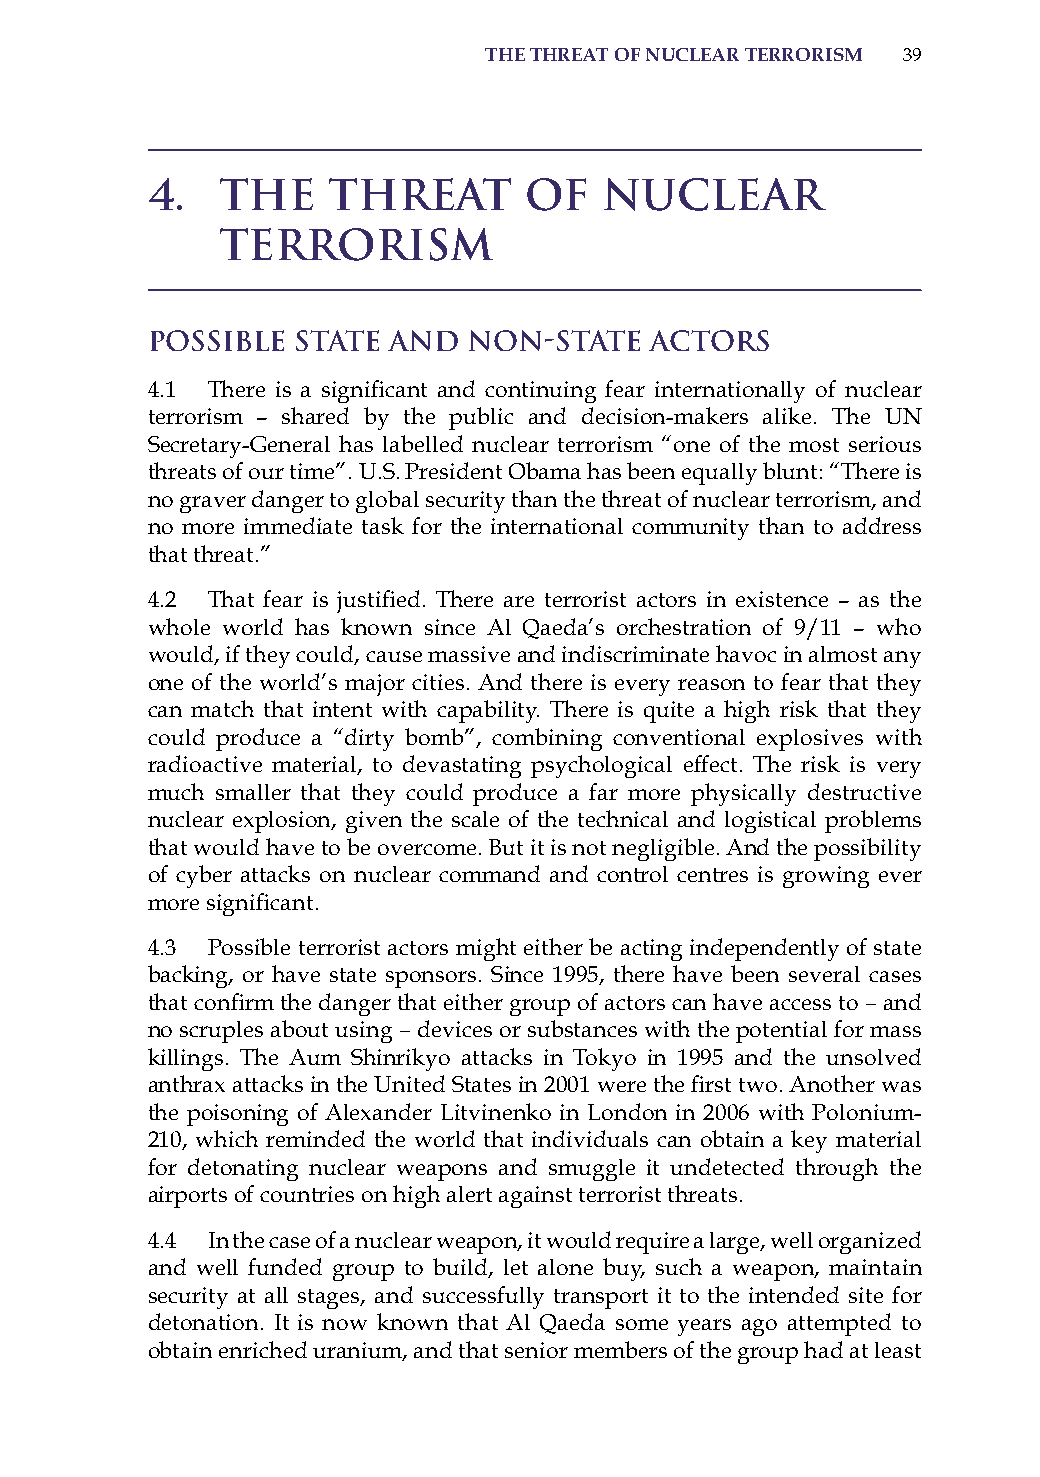
the threat of nuclear terrorism 39
 4.   The    Threat       of   Nuclear
 Terrorism
 Possible  State and  Non-State   Actors
 4.1 There is a significant and continuing fear internationally of nuclear
 terrorism – shared by the public and decision-makers alike. The UN
 secretary-General has labelled nuclear terrorism “one of the most serious
 threats of our time”. U.s. President obama has been equally blunt: “There is
 no graver danger to global security than the threat of nuclear terrorism, and
 no more immediate task for the international community than to address
 that threat.”
 4.2 That fear is justified. There are terrorist actors in existence – as the
 whole world has known since al Qaeda’s orchestration of 9/11 – who
 would, if they could, cause massive and indiscriminate havoc in almost any
 one of the world’s major cities. and there is every reason to fear that they
 can match that intent with capability. There is quite a high risk that they
 could produce a “dirty bomb”, combining conventional explosives with
 radioactive material, to devastating psychological effect. The risk is very
 much smaller that they could produce a far more physically destructive
 nuclear explosion, given the scale of the technical and logistical problems
 that would have to be overcome. But it is not negligible. and the possibility
 of cyber attacks on nuclear command and control centres is growing ever
 more significant.
 4.3 Possible terrorist actors might either be acting independently of state
 backing, or have state sponsors. since 1995, there have been several cases
 that confirm the danger that either group of actors can have access to – and
 no scruples about using – devices or substances with the potential for mass
 killings. The aum shinrikyo attacks in Tokyo in 1995 and the unsolved
 anthrax attacks in the United States in 2001 were the first two. Another was
 the poisoning of alexander Litvinenko in London in 2006 with Polonium-
 210, which reminded the world that individuals can obtain a key material
 for detonating nuclear weapons and smuggle it undetected through the
 airports of countries on high alert against terrorist threats.
 4.4 in the case of a nuclear weapon, it would require a large, well organized
 and well funded group to build, let alone buy, such a weapon, maintain
 security at all stages, and successfully transport it to the intended site for
 detonation. it is now known that al Qaeda some years ago attempted to
 obtain enriched uranium, and that senior members of the group had at least